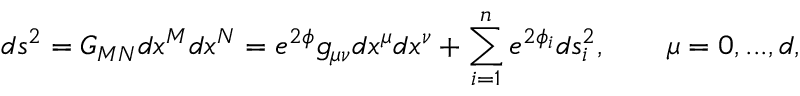
d s ^ { 2 } = G _ { M N } d x ^ { M } d x ^ { N } = e ^ { 2 \phi } g _ { \mu \nu } d x ^ { \mu } d x ^ { \nu } + \sum _ { i = 1 } ^ { n } e ^ { 2 \phi _ { i } } d s _ { i } ^ { 2 } , \qquad \mu = 0 , . . . , d ,